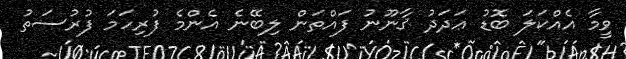
ވީމާ އެއްކަލަ ބޮޑު ޢަދަދު ޤާނޫނު ފައްތަން ލިބޭނެ އެންމެ ފުރިހަމަ ފުރުސަތު